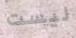
ليست